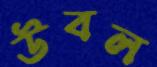
উবল